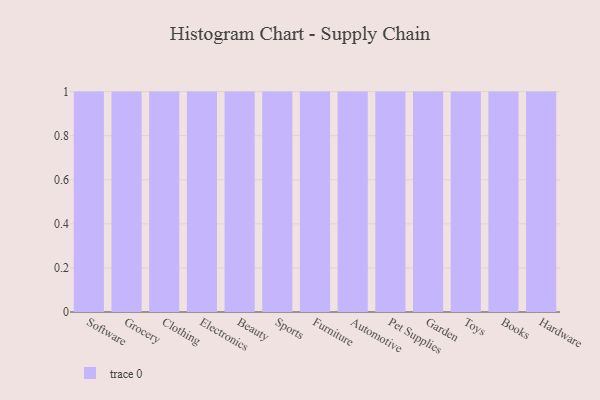
{"axis": {"x": "Category", "y": "Energy Usage (MWh)"}, "legend": [""], "data": [{"x": "Software", "y": 20, "type": ""}, {"x": "Grocery", "y": 31, "type": ""}, {"x": "Clothing", "y": 71, "type": ""}, {"x": "Electronics", "y": 33, "type": ""}, {"x": "Beauty", "y": 29, "type": ""}, {"x": "Sports", "y": 6, "type": ""}, {"x": "Furniture", "y": 76, "type": ""}, {"x": "Automotive", "y": 11, "type": ""}, {"x": "Pet Supplies", "y": 45, "type": ""}, {"x": "Garden", "y": 49, "type": ""}, {"x": "Toys", "y": 62, "type": ""}, {"x": "Books", "y": 79, "type": ""}, {"x": "Hardware", "y": 72, "type": ""}]}